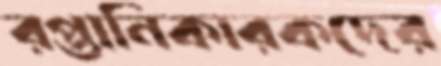
রপ্তানিকারকদের